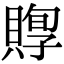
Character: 賯